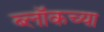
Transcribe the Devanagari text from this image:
ब्लॉकच्या